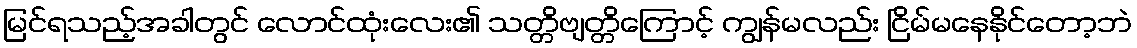
မြင်ရသည့်အခါတွင် လောင်ထုံးလေး၏ သတ္တိဗျတ္တိကြောင့် ကျွန်မလည်း ငြိမ်မနေနိုင်တော့ဘဲ